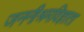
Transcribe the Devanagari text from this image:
जननीश्रमविज्ञाता